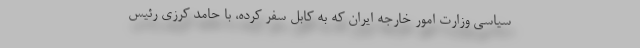
سیاسی وزارت امور خارجه ایران که به کابل سفر کرده، با حامد کرزی رئیس